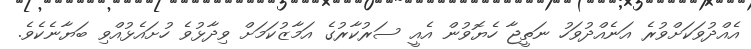
އެއްދުވަކަށްވުރެ އަނެއްދުވަހު ނަތީޖާ ހެޔޮވުން އެއީ ސަރުކާރުގެ އަމާޒުކަމަށް ވިދާޅުވެ ހުށައެޅުއްވި ބަޔާނެކެވެ.